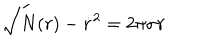
\sqrt { N ( r ) - \dot { r } ^ { 2 } } = 2 \pi \sigma r